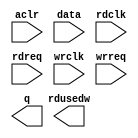
// megafunction wizard: %FIFO%VBB%
// GENERATION: STANDARD
// VERSION: WM1.0
// MODULE: dcfifo 

// ============================================================
// Megafunction Name(s):
// 			dcfifo
//
// Simulation Library Files(s):
// 			altera_mf
// ============================================================
// ************************************************************
// THIS IS A WIZARD-GENERATED FILE. DO NOT EDIT THIS FILE!
//
// 15.1.1 Build 189 12/02/2015 SJ Standard Edition
// ************************************************************

//Copyright (C) 1991-2015 Altera Corporation. All rights reserved.
//Your use of Altera Corporation's design tools, logic functions 
//and other software and tools, and its AMPP partner logic 
//functions, and any output files from any of the foregoing 
//(including device programming or simulation files), and any 
//associated documentation or information are expressly subject 
//to the terms and conditions of the Altera Program License 
//Subscription Agreement, the Altera Quartus Prime License Agreement,
//the Altera MegaCore Function License Agreement, or other 
//applicable license agreement, including, without limitation, 
//that your use is for the sole purpose of programming logic 
//devices manufactured by Altera and sold by Altera or its 
//authorized distributors.  Please refer to the applicable 
//agreement for further details.

module Sdram_WR_FIFO (
	aclr,
	data,
	rdclk,
	rdreq,
	wrclk,
	wrreq,
	q,
	rdusedw);

	input	  aclr;
	input	[31:0]  data;
	input	  rdclk;
	input	  rdreq;
	input	  wrclk;
	input	  wrreq;
	output	[31:0]  q;
	output	[9:0]  rdusedw;
`ifndef ALTERA_RESERVED_QIS
// synopsys translate_off
`endif
	tri0	  aclr;
`ifndef ALTERA_RESERVED_QIS
// synopsys translate_on
`endif

endmodule

// ============================================================
// CNX file retrieval info
// ============================================================
// Retrieval info: PRIVATE: AlmostEmpty NUMERIC "0"
// Retrieval info: PRIVATE: AlmostEmptyThr NUMERIC "-1"
// Retrieval info: PRIVATE: AlmostFull NUMERIC "0"
// Retrieval info: PRIVATE: AlmostFullThr NUMERIC "-1"
// Retrieval info: PRIVATE: CLOCKS_ARE_SYNCHRONIZED NUMERIC "0"
// Retrieval info: PRIVATE: Clock NUMERIC "4"
// Retrieval info: PRIVATE: Depth NUMERIC "1024"
// Retrieval info: PRIVATE: Empty NUMERIC "1"
// Retrieval info: PRIVATE: Full NUMERIC "1"
// Retrieval info: PRIVATE: INTENDED_DEVICE_FAMILY STRING "Cyclone V"
// Retrieval info: PRIVATE: LE_BasedFIFO NUMERIC "0"
// Retrieval info: PRIVATE: LegacyRREQ NUMERIC "0"
// Retrieval info: PRIVATE: MAX_DEPTH_BY_9 NUMERIC "0"
// Retrieval info: PRIVATE: OVERFLOW_CHECKING NUMERIC "0"
// Retrieval info: PRIVATE: Optimize NUMERIC "2"
// Retrieval info: PRIVATE: RAM_BLOCK_TYPE NUMERIC "0"
// Retrieval info: PRIVATE: SYNTH_WRAPPER_GEN_POSTFIX STRING "0"
// Retrieval info: PRIVATE: UNDERFLOW_CHECKING NUMERIC "0"
// Retrieval info: PRIVATE: UsedW NUMERIC "1"
// Retrieval info: PRIVATE: Width NUMERIC "32"
// Retrieval info: PRIVATE: dc_aclr NUMERIC "1"
// Retrieval info: PRIVATE: diff_widths NUMERIC "0"
// Retrieval info: PRIVATE: msb_usedw NUMERIC "0"
// Retrieval info: PRIVATE: output_width NUMERIC "32"
// Retrieval info: PRIVATE: rsEmpty NUMERIC "0"
// Retrieval info: PRIVATE: rsFull NUMERIC "0"
// Retrieval info: PRIVATE: rsUsedW NUMERIC "1"
// Retrieval info: PRIVATE: sc_aclr NUMERIC "0"
// Retrieval info: PRIVATE: sc_sclr NUMERIC "0"
// Retrieval info: PRIVATE: wsEmpty NUMERIC "0"
// Retrieval info: PRIVATE: wsFull NUMERIC "0"
// Retrieval info: PRIVATE: wsUsedW NUMERIC "0"
// Retrieval info: LIBRARY: altera_mf altera_mf.altera_mf_components.all
// Retrieval info: CONSTANT: INTENDED_DEVICE_FAMILY STRING "Cyclone V"
// Retrieval info: CONSTANT: LPM_NUMWORDS NUMERIC "1024"
// Retrieval info: CONSTANT: LPM_SHOWAHEAD STRING "ON"
// Retrieval info: CONSTANT: LPM_TYPE STRING "dcfifo"
// Retrieval info: CONSTANT: LPM_WIDTH NUMERIC "32"
// Retrieval info: CONSTANT: LPM_WIDTHU NUMERIC "10"
// Retrieval info: CONSTANT: OVERFLOW_CHECKING STRING "ON"
// Retrieval info: CONSTANT: RDSYNC_DELAYPIPE NUMERIC "11"
// Retrieval info: CONSTANT: READ_ACLR_SYNCH STRING "OFF"
// Retrieval info: CONSTANT: UNDERFLOW_CHECKING STRING "ON"
// Retrieval info: CONSTANT: USE_EAB STRING "ON"
// Retrieval info: CONSTANT: WRITE_ACLR_SYNCH STRING "OFF"
// Retrieval info: CONSTANT: WRSYNC_DELAYPIPE NUMERIC "11"
// Retrieval info: USED_PORT: aclr 0 0 0 0 INPUT GND "aclr"
// Retrieval info: USED_PORT: data 0 0 32 0 INPUT NODEFVAL "data[31..0]"
// Retrieval info: USED_PORT: q 0 0 32 0 OUTPUT NODEFVAL "q[31..0]"
// Retrieval info: USED_PORT: rdclk 0 0 0 0 INPUT NODEFVAL "rdclk"
// Retrieval info: USED_PORT: rdreq 0 0 0 0 INPUT NODEFVAL "rdreq"
// Retrieval info: USED_PORT: rdusedw 0 0 10 0 OUTPUT NODEFVAL "rdusedw[9..0]"
// Retrieval info: USED_PORT: wrclk 0 0 0 0 INPUT NODEFVAL "wrclk"
// Retrieval info: USED_PORT: wrreq 0 0 0 0 INPUT NODEFVAL "wrreq"
// Retrieval info: CONNECT: @aclr 0 0 0 0 aclr 0 0 0 0
// Retrieval info: CONNECT: @data 0 0 32 0 data 0 0 32 0
// Retrieval info: CONNECT: @rdclk 0 0 0 0 rdclk 0 0 0 0
// Retrieval info: CONNECT: @rdreq 0 0 0 0 rdreq 0 0 0 0
// Retrieval info: CONNECT: @wrclk 0 0 0 0 wrclk 0 0 0 0
// Retrieval info: CONNECT: @wrreq 0 0 0 0 wrreq 0 0 0 0
// Retrieval info: CONNECT: q 0 0 32 0 @q 0 0 32 0
// Retrieval info: CONNECT: rdusedw 0 0 10 0 @rdusedw 0 0 10 0
// Retrieval info: GEN_FILE: TYPE_NORMAL Sdram_WR_FIFO.v TRUE
// Retrieval info: GEN_FILE: TYPE_NORMAL Sdram_WR_FIFO.inc FALSE
// Retrieval info: GEN_FILE: TYPE_NORMAL Sdram_WR_FIFO.cmp FALSE
// Retrieval info: GEN_FILE: TYPE_NORMAL Sdram_WR_FIFO.bsf FALSE
// Retrieval info: GEN_FILE: TYPE_NORMAL Sdram_WR_FIFO_inst.v FALSE
// Retrieval info: GEN_FILE: TYPE_NORMAL Sdram_WR_FIFO_bb.v TRUE
// Retrieval info: LIB_FILE: altera_mf